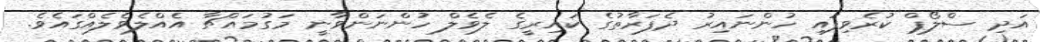
އަދި ސްލޯޕް ކުރެވިފައި ހުންނައިރު ދެފަރާތުގެ ކައިރީގެ ލެވެލް ހުންނަންވާނީ މަގުމައްޗާ އެއްލެވެލެއްގައެވެ.